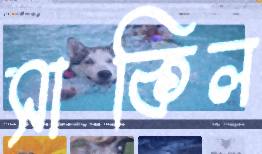
সাকিল